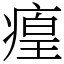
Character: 㾮